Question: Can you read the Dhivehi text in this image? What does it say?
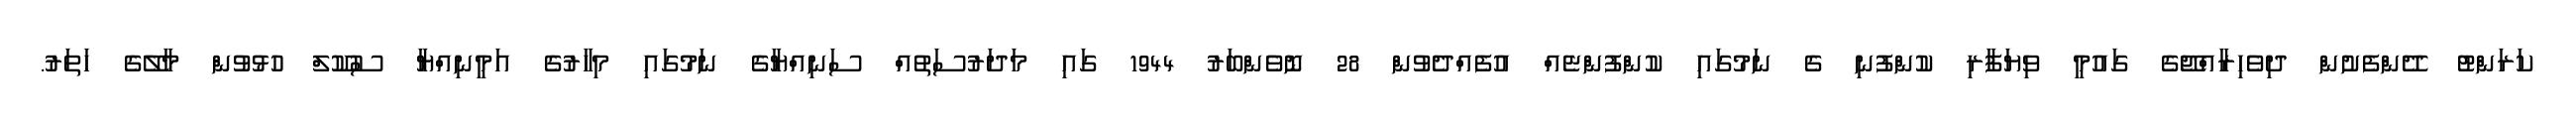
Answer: ކަރަންޓު ދޭންފެށުން ދިވެހިރާއްޖޭގެ ގައުމީ ވިޔަފާރި ކުންފުނި ގެ ނަމުގައި ކުންފުންޏެއް އުފެއްދެވުން 28 ނޮވެންބަރު 1944 ގައި މަދަރުސަތުއް ސަނިއްޔާގެ ނަމުގައި މިހާރުގެ އަމީނިއްޔާ ސުކޫލް ހުޅުވުން މާލޭގެ ހަތަރު.